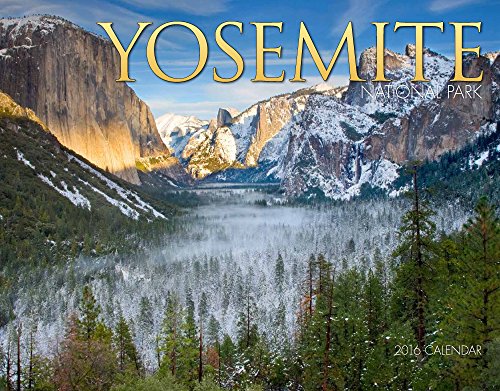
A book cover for Yosemite 2016 Calendar 11x14; Tide-mark Press National Parks; Travel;